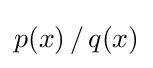
p(x)\,/\,q(x)